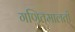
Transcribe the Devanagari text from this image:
गणितमालती